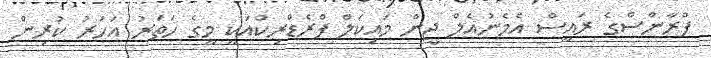
ފްރާންސްގެ ރައީސް އެމެނުއެލް ޖީން މައިކަލް ފްރެޑްރިކްއަކީ މީގެ ހަތަރު އަހަރު ކުރިން